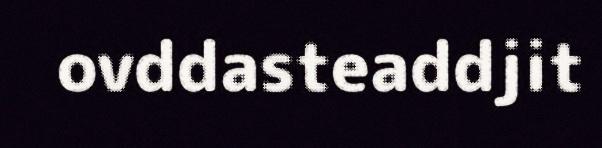
ovddasteaddjit